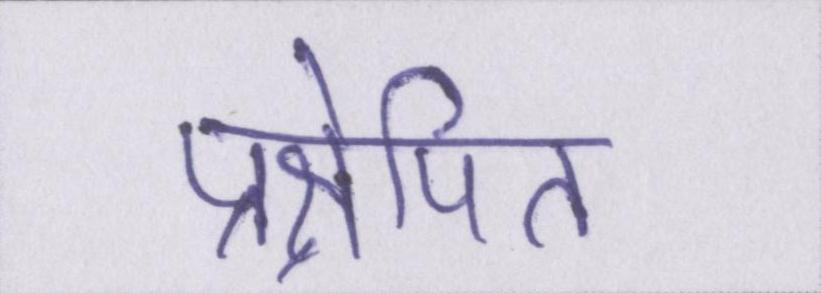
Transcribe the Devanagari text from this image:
प्रक्षेपित